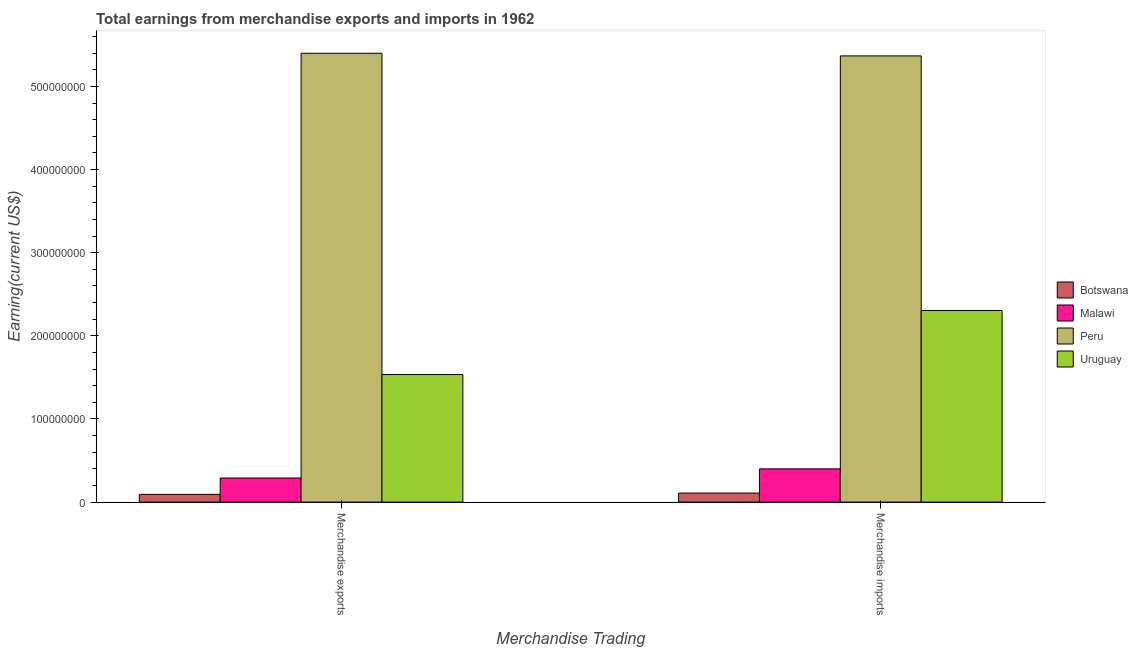
| Merchandise Trading | Botswana | Malawi | Peru | Uruguay |
 | --- | --- | --- | --- | --- |
 | Merchandise exports | 9.32e+06 | 2.9e+07 | 5.4e+08 | 1.53e+08 |
 | Merchandise imports | 1.09e+07 | 4e+07 | 5.37e+08 | 2.3e+08 |